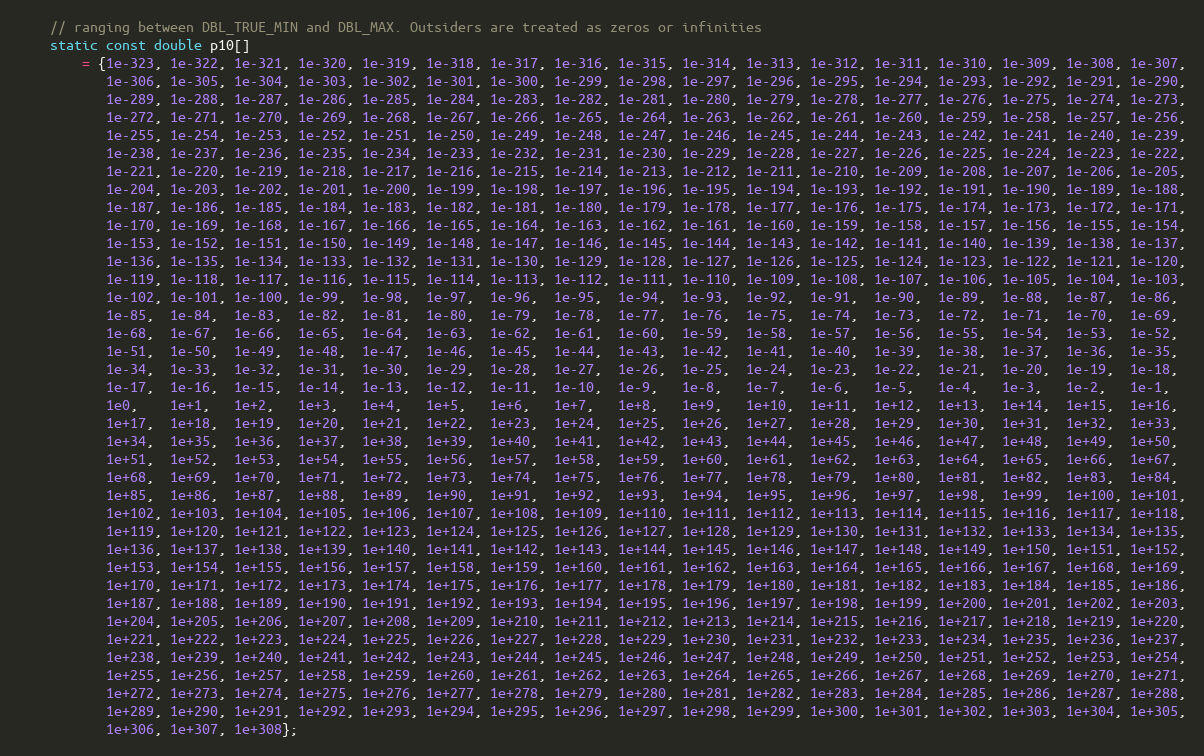
Language: C++
    // ranging between DBL_TRUE_MIN and DBL_MAX. Outsiders are treated as zeros or infinities
    static const double p10[]
        = {1e-323, 1e-322, 1e-321, 1e-320, 1e-319, 1e-318, 1e-317, 1e-316, 1e-315, 1e-314, 1e-313, 1e-312, 1e-311, 1e-310, 1e-309, 1e-308, 1e-307,
           1e-306, 1e-305, 1e-304, 1e-303, 1e-302, 1e-301, 1e-300, 1e-299, 1e-298, 1e-297, 1e-296, 1e-295, 1e-294, 1e-293, 1e-292, 1e-291, 1e-290,
           1e-289, 1e-288, 1e-287, 1e-286, 1e-285, 1e-284, 1e-283, 1e-282, 1e-281, 1e-280, 1e-279, 1e-278, 1e-277, 1e-276, 1e-275, 1e-274, 1e-273,
           1e-272, 1e-271, 1e-270, 1e-269, 1e-268, 1e-267, 1e-266, 1e-265, 1e-264, 1e-263, 1e-262, 1e-261, 1e-260, 1e-259, 1e-258, 1e-257, 1e-256,
           1e-255, 1e-254, 1e-253, 1e-252, 1e-251, 1e-250, 1e-249, 1e-248, 1e-247, 1e-246, 1e-245, 1e-244, 1e-243, 1e-242, 1e-241, 1e-240, 1e-239,
           1e-238, 1e-237, 1e-236, 1e-235, 1e-234, 1e-233, 1e-232, 1e-231, 1e-230, 1e-229, 1e-228, 1e-227, 1e-226, 1e-225, 1e-224, 1e-223, 1e-222,
           1e-221, 1e-220, 1e-219, 1e-218, 1e-217, 1e-216, 1e-215, 1e-214, 1e-213, 1e-212, 1e-211, 1e-210, 1e-209, 1e-208, 1e-207, 1e-206, 1e-205,
           1e-204, 1e-203, 1e-202, 1e-201, 1e-200, 1e-199, 1e-198, 1e-197, 1e-196, 1e-195, 1e-194, 1e-193, 1e-192, 1e-191, 1e-190, 1e-189, 1e-188,
           1e-187, 1e-186, 1e-185, 1e-184, 1e-183, 1e-182, 1e-181, 1e-180, 1e-179, 1e-178, 1e-177, 1e-176, 1e-175, 1e-174, 1e-173, 1e-172, 1e-171,
           1e-170, 1e-169, 1e-168, 1e-167, 1e-166, 1e-165, 1e-164, 1e-163, 1e-162, 1e-161, 1e-160, 1e-159, 1e-158, 1e-157, 1e-156, 1e-155, 1e-154,
           1e-153, 1e-152, 1e-151, 1e-150, 1e-149, 1e-148, 1e-147, 1e-146, 1e-145, 1e-144, 1e-143, 1e-142, 1e-141, 1e-140, 1e-139, 1e-138, 1e-137,
           1e-136, 1e-135, 1e-134, 1e-133, 1e-132, 1e-131, 1e-130, 1e-129, 1e-128, 1e-127, 1e-126, 1e-125, 1e-124, 1e-123, 1e-122, 1e-121, 1e-120,
           1e-119, 1e-118, 1e-117, 1e-116, 1e-115, 1e-114, 1e-113, 1e-112, 1e-111, 1e-110, 1e-109, 1e-108, 1e-107, 1e-106, 1e-105, 1e-104, 1e-103,
           1e-102, 1e-101, 1e-100, 1e-99,  1e-98,  1e-97,  1e-96,  1e-95,  1e-94,  1e-93,  1e-92,  1e-91,  1e-90,  1e-89,  1e-88,  1e-87,  1e-86,
           1e-85,  1e-84,  1e-83,  1e-82,  1e-81,  1e-80,  1e-79,  1e-78,  1e-77,  1e-76,  1e-75,  1e-74,  1e-73,  1e-72,  1e-71,  1e-70,  1e-69,
           1e-68,  1e-67,  1e-66,  1e-65,  1e-64,  1e-63,  1e-62,  1e-61,  1e-60,  1e-59,  1e-58,  1e-57,  1e-56,  1e-55,  1e-54,  1e-53,  1e-52,
           1e-51,  1e-50,  1e-49,  1e-48,  1e-47,  1e-46,  1e-45,  1e-44,  1e-43,  1e-42,  1e-41,  1e-40,  1e-39,  1e-38,  1e-37,  1e-36,  1e-35,
           1e-34,  1e-33,  1e-32,  1e-31,  1e-30,  1e-29,  1e-28,  1e-27,  1e-26,  1e-25,  1e-24,  1e-23,  1e-22,  1e-21,  1e-20,  1e-19,  1e-18,
           1e-17,  1e-16,  1e-15,  1e-14,  1e-13,  1e-12,  1e-11,  1e-10,  1e-9,   1e-8,   1e-7,   1e-6,   1e-5,   1e-4,   1e-3,   1e-2,   1e-1,
           1e0,    1e+1,   1e+2,   1e+3,   1e+4,   1e+5,   1e+6,   1e+7,   1e+8,   1e+9,   1e+10,  1e+11,  1e+12,  1e+13,  1e+14,  1e+15,  1e+16,
           1e+17,  1e+18,  1e+19,  1e+20,  1e+21,  1e+22,  1e+23,  1e+24,  1e+25,  1e+26,  1e+27,  1e+28,  1e+29,  1e+30,  1e+31,  1e+32,  1e+33,
           1e+34,  1e+35,  1e+36,  1e+37,  1e+38,  1e+39,  1e+40,  1e+41,  1e+42,  1e+43,  1e+44,  1e+45,  1e+46,  1e+47,  1e+48,  1e+49,  1e+50,
           1e+51,  1e+52,  1e+53,  1e+54,  1e+55,  1e+56,  1e+57,  1e+58,  1e+59,  1e+60,  1e+61,  1e+62,  1e+63,  1e+64,  1e+65,  1e+66,  1e+67,
           1e+68,  1e+69,  1e+70,  1e+71,  1e+72,  1e+73,  1e+74,  1e+75,  1e+76,  1e+77,  1e+78,  1e+79,  1e+80,  1e+81,  1e+82,  1e+83,  1e+84,
           1e+85,  1e+86,  1e+87,  1e+88,  1e+89,  1e+90,  1e+91,  1e+92,  1e+93,  1e+94,  1e+95,  1e+96,  1e+97,  1e+98,  1e+99,  1e+100, 1e+101,
           1e+102, 1e+103, 1e+104, 1e+105, 1e+106, 1e+107, 1e+108, 1e+109, 1e+110, 1e+111, 1e+112, 1e+113, 1e+114, 1e+115, 1e+116, 1e+117, 1e+118,
           1e+119, 1e+120, 1e+121, 1e+122, 1e+123, 1e+124, 1e+125, 1e+126, 1e+127, 1e+128, 1e+129, 1e+130, 1e+131, 1e+132, 1e+133, 1e+134, 1e+135,
           1e+136, 1e+137, 1e+138, 1e+139, 1e+140, 1e+141, 1e+142, 1e+143, 1e+144, 1e+145, 1e+146, 1e+147, 1e+148, 1e+149, 1e+150, 1e+151, 1e+152,
           1e+153, 1e+154, 1e+155, 1e+156, 1e+157, 1e+158, 1e+159, 1e+160, 1e+161, 1e+162, 1e+163, 1e+164, 1e+165, 1e+166, 1e+167, 1e+168, 1e+169,
           1e+170, 1e+171, 1e+172, 1e+173, 1e+174, 1e+175, 1e+176, 1e+177, 1e+178, 1e+179, 1e+180, 1e+181, 1e+182, 1e+183, 1e+184, 1e+185, 1e+186,
           1e+187, 1e+188, 1e+189, 1e+190, 1e+191, 1e+192, 1e+193, 1e+194, 1e+195, 1e+196, 1e+197, 1e+198, 1e+199, 1e+200, 1e+201, 1e+202, 1e+203,
           1e+204, 1e+205, 1e+206, 1e+207, 1e+208, 1e+209, 1e+210, 1e+211, 1e+212, 1e+213, 1e+214, 1e+215, 1e+216, 1e+217, 1e+218, 1e+219, 1e+220,
           1e+221, 1e+222, 1e+223, 1e+224, 1e+225, 1e+226, 1e+227, 1e+228, 1e+229, 1e+230, 1e+231, 1e+232, 1e+233, 1e+234, 1e+235, 1e+236, 1e+237,
           1e+238, 1e+239, 1e+240, 1e+241, 1e+242, 1e+243, 1e+244, 1e+245, 1e+246, 1e+247, 1e+248, 1e+249, 1e+250, 1e+251, 1e+252, 1e+253, 1e+254,
           1e+255, 1e+256, 1e+257, 1e+258, 1e+259, 1e+260, 1e+261, 1e+262, 1e+263, 1e+264, 1e+265, 1e+266, 1e+267, 1e+268, 1e+269, 1e+270, 1e+271,
           1e+272, 1e+273, 1e+274, 1e+275, 1e+276, 1e+277, 1e+278, 1e+279, 1e+280, 1e+281, 1e+282, 1e+283, 1e+284, 1e+285, 1e+286, 1e+287, 1e+288,
           1e+289, 1e+290, 1e+291, 1e+292, 1e+293, 1e+294, 1e+295, 1e+296, 1e+297, 1e+298, 1e+299, 1e+300, 1e+301, 1e+302, 1e+303, 1e+304, 1e+305,
           1e+306, 1e+307, 1e+308};